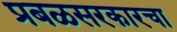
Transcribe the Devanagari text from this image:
प्रबळसरकारचा